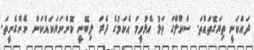
ދައްކަނީ ތިޔަގޮތައްތަ. ސްކޫލްގަ ތަޅު އެޅުވީމަ އެކަމުގެ ދެރަ ލިބޭނީ ކޮންނަޔަކައްކަން ނޭންގެނީތަ.